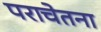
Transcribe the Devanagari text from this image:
पराचेतना